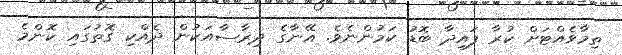
ތިމާވެއްޓަށް ކުރާ ފައިދާ ބޮޑު ކަމުންނެވެ. އޭނާގެ ދިރާސާއަކުން ދެއްކި ގޮތުގައި ކޮންމެ